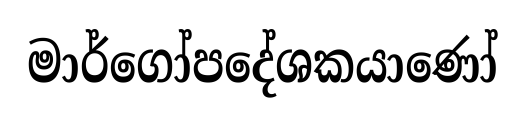
මාර්ගෝපදේශකයාණෝ